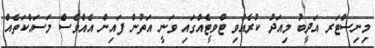
މިނިސްޓަރ އަދީބު މިއަދު ކުރެއްވި ޓްވީޓެއްގައި ވަނީ އަތުން ފައިން އެއްވެސް މަސައްކަތެއް